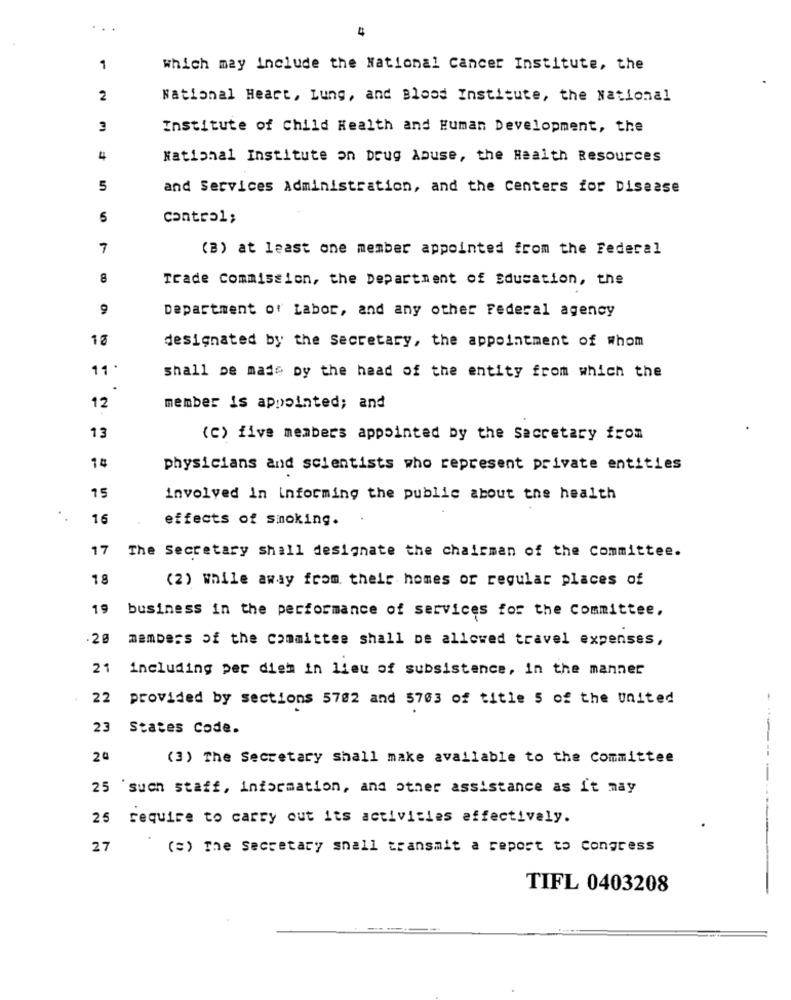
1
Which may include the National Cancer Institute, the
2
National Heart, Lung, and Blood Institute, the National
3
Institute of Child Health and Human Development, the
4
National Institute on Drug Abuse, the Health Resources
5
and Services Administration, and the Centers for Disease
5
Control;
7
(B) at least one member appointed from the Federal
8
Trade Commission, the Department of Education, the
9
Department of Labor, and any other Federal agency
10
designated by the Secretary, the appointment of whom
11
shall be made by the head of the entity from which the
12
member is appointed; and
13
(C) five members appointed by the Secretary from
14
physicians and scientists who represent private entities
15
involved in informing the public about the health
16
effects of smoking.
17 The Secretary shall designate the chairman of the Committee.
18
(2) While away from their homes or regular places of
19 business in the performance of services for the Committee,
20 members of the committee shall be allowed travel expenses,
21 including per dish in lieu of subsistence, in the manner
22
provided by sections 5702 and 5703 of title 5 of the united
23 States Code.
24
(3) The Secretary shall make available to the Committee
25 'such staff, information, and other assistance as it may
-- ----
25 require to carry out its activities effectively.
27
(=) The secretary shall transmit a report to congress
TIFL 0403208